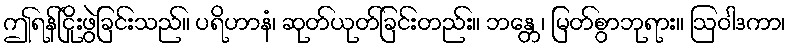
ဤရန်ငြိုးဖွဲခြင်းသည်။ ပရိဟာနံ၊ ဆုတ်ယုတ်ခြင်းတည်း။ ဘန္တေ၊ မြတ်စွာဘုရား။ ဩဝါဒကာ၊